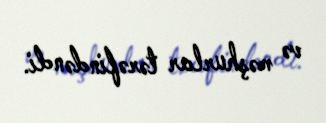
və məşhurlar tərəfindəndi.